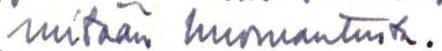
mitään huomautusta.